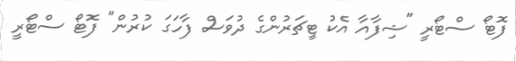
ފޮޓޯ ސްޓޯރީ "ޝިފާއާ އެކު ޓީޗަރުންގެ ދުވަސް ފާހަގަ ކުރުން" ފޮޓޯ ސްޓޯރީ